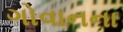
ગોવાનના